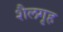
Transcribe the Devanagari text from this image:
शैलगृह